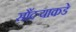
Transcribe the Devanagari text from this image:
सौंदर्‍याकडे